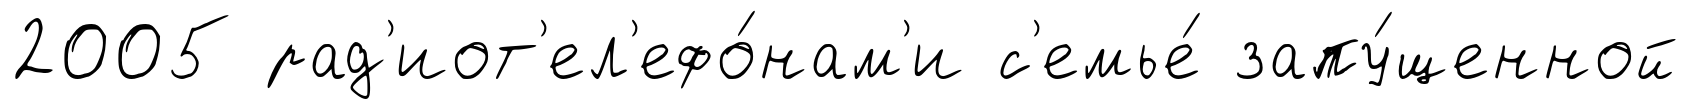
2005 рад'иот'ел'ефо́нам'и с'емье́ запу́щенной